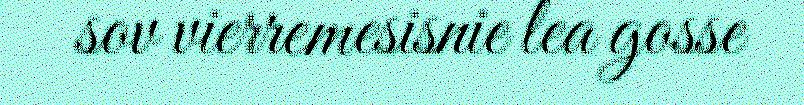
sov vierremesisnie lea gosse